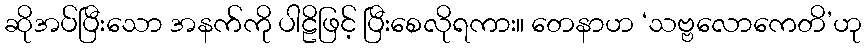
ဆိုအပ်ပြီးသော အနက်ကို ပါဠိဖြင့် ပြီးစေလိုရကား။ တေနာဟ ‘သဗ္ဗလောကေတိ’ဟု